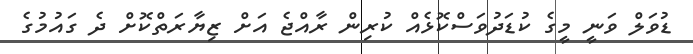
ޑުވަލް ވަނީ މީގެ ކުޑަދުވަސްކޮޅެއް ކުރިން ރާއްޖެ އަށް ޒިޔާރަތްކޮށް ދެ ގައުމުގެ